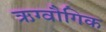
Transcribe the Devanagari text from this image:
ऋग्वौगिक